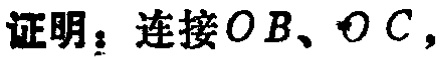
证明：连接\(OB、OC\)，